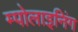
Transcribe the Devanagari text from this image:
म्पोलाइनिंग